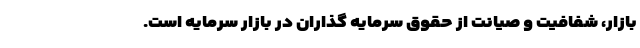
بازار، شفافیت و صیانت از حقوق سرمایه گذاران در بازار سرمایه است.